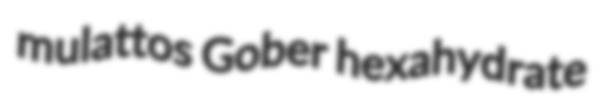
mulattos Gober hexahydrate